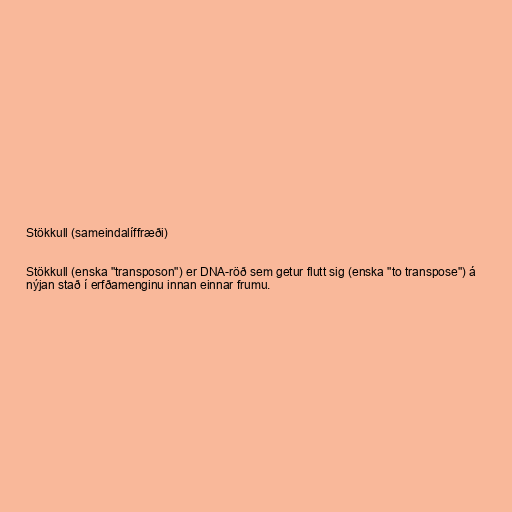
Stökkull (sameindalíffræði)

Stökkull (enska "transposon") er DNA-röð sem getur flutt sig (enska "to transpose") á
nýjan stað í erfðamenginu innan einnar frumu.